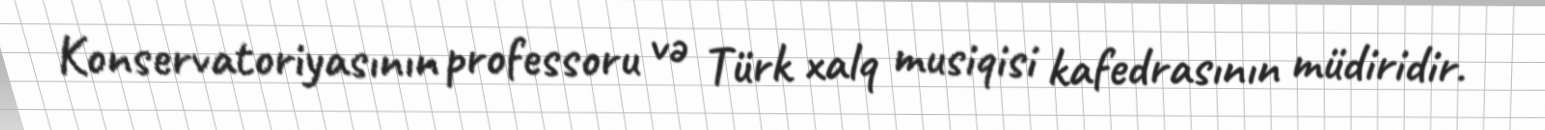
Konservatoriyasının professoru və Türk xalq musiqisi kafedrasının müdiridir.